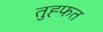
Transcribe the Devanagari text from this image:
तुह्फत